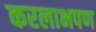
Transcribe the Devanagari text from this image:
करलाभपण